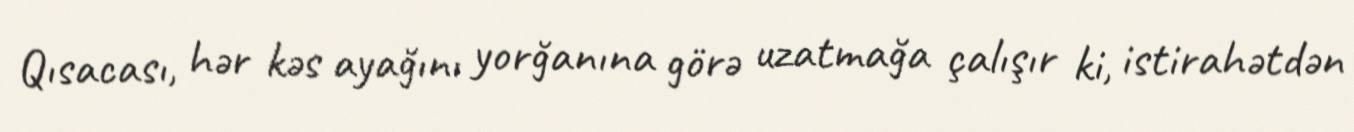
Qısacası, hər kəs ayağını yorğanına görə uzatmağa çalışır ki, istirahətdən